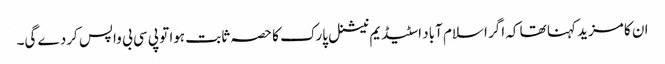
ان کا مزید کہنا تھا کہ اگر اسلام آباد اسٹیڈیم نیشنل پارک کا حصہ ثابت ہوا تو پی سی بی واپس کردے گی۔